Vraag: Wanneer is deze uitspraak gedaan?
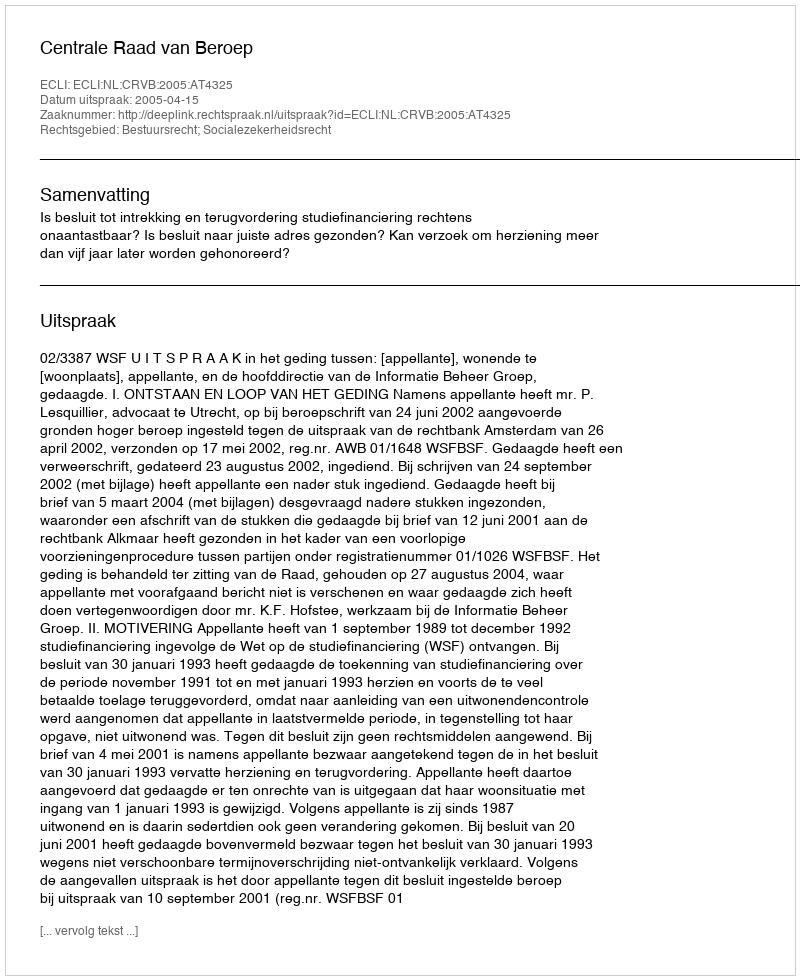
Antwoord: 2005-04-15